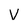
Character: v